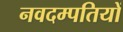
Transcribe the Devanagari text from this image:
नवदम्पतियों